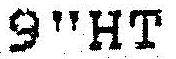
9"HT